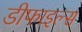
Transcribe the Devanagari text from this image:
डीफाइल्स